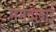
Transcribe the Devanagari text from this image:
नर्मदाबाई